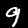
Label: 9